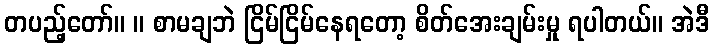
တပည့်တော်။ ။ စာမချဘဲ ငြိမ်ငြိမ်နေရတော့ စိတ်အေးချမ်းမှု ရပါတယ်။ အဲဒီ